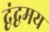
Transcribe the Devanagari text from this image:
द्वंद्वमय